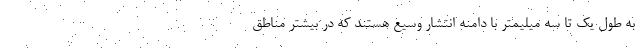
به طول یک تا سه میلیمتر با دامنه انتشار وسیع هستند که در بیشتر مناطق